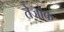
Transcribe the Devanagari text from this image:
तेजोक